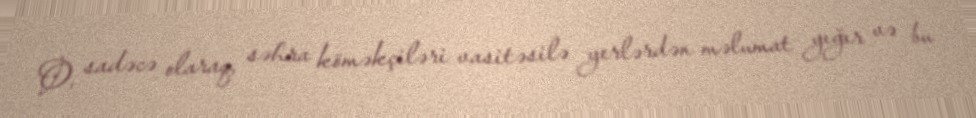
O, sadəcə olaraq, səhra köməkçiləri vasitəsilə yerlərdən məlumat yığır və bu